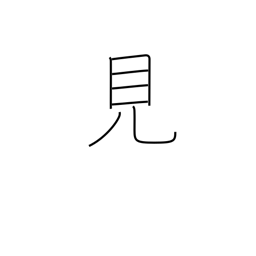
Meaning: visible